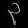
Digit: ၃